Scientific memoirs by medical officers of the Army of India - Part X,
Year: 1897
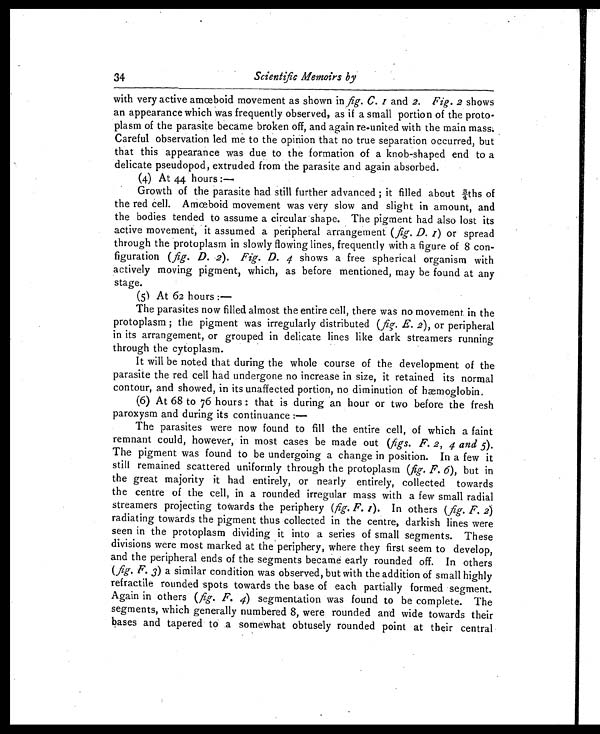
34
Scientific Memoirs by
with very active amœboid movement as shown in fig. C. 1 and 2. Fig. 2 shows
an appearance which was frequently observed, as if a small portion of the proto-
plasm of the parasite became broken off, and again re-united with the main mass.
Careful observation led me to the opinion that no true separation occurred, but
that this appearance was due to the formation of a knob-shaped end to a
delicate pseudopod, extruded from the parasite and again absorbed.
(4) At 44 hours :—
Growth of the parasite had still further advanced ; it filled about ¾ths of
the red cell. Amœboid movement was very slow and slight in amount, and
the bodies tended to assume a circular shape. The pigment had also lost its
active movement, it assumed a peripheral arrangement ( fig. D. 1) or spread
through the protoplasm in slowly flowing lines, frequently with a figure of 8 con-
figuration (fig. D. 2). Fig. D. 4 shows a free spherical organism with
actively moving pigment, which, as before mentioned, may be found at any
stage.
(5) At 62 hours :
—
The parasites now filled almost the entire cell, there was no movement in the
protoplasm ; the pigment was irregularly distributed ( fig. E . 2), or peripheral
in its arrangement, or grouped in delicate lines like dark streamers running
through the cytoplasm.
It will be noted that during the whole course of the development of the
parasite the red cell had undergone no increase in size, it retained its normal
contour, and showed, in its unaffected portion, no diminution of hæmoglobin.
(6) At 68 to 76 hours : that is during an hour or two before the fresh
paroxysm and during its continuance :
—
The parasites were now found to fill the entire cell, of which a faint
remnant could, however, in most cases be made out (figs. F. 2, 4 and 5 ).
The pigment was found to be undergoing a change in position. In a few it
still remained scattered uniformly through the protoplasm ( fig. F. 6), but in
the great majority it had entirely, or nearly entirely, collected towards
the centre of the cell, in a rounded irregular mass with a few small radial
streamers projecting towards the periphery ( fig. F. 1). In others (fig. F. 2)
radiating towards the pigment thus collected in the centre, darkish lines were
seen in the protoplasm dividing it into a series of small segments. These
divisions were most marked at the periphery, where they first seem to develop,
and the peripheral ends of the segments became early rounded off. In others
(fig. F. 3) a similar condition was observed, but with the addition of small highly
refractile rounded spots towards the base of each partially formed segment.
Again in others ( fig. F. 4) segmentation was found to be complete. The
segments, which generally numbered 8, were rounded and wide towards their
bases and tapered to a somewhat obtusely rounded point at their central